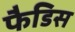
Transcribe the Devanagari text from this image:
फैडिस